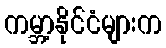
ကမ္ဘာ့နိုင်ငံများက